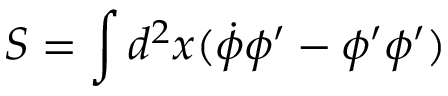
S = \int d ^ { 2 } x ( \dot { \phi } \phi ^ { \prime } - \phi ^ { \prime } \phi ^ { \prime } )